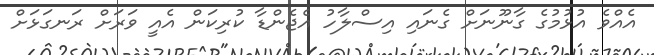
އެއްވެ އުޅުމުގެ ގާނޫނަށް ގެނައި އިސްލާހު އެޖެންޑާ ކުރިކަން އެއީ ވަރަށް ރަނގަޅަށް